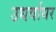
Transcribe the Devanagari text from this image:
उधर्वाधर